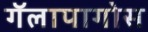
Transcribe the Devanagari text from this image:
गॅलापागोस